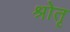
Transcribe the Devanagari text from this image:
श्रोतृ